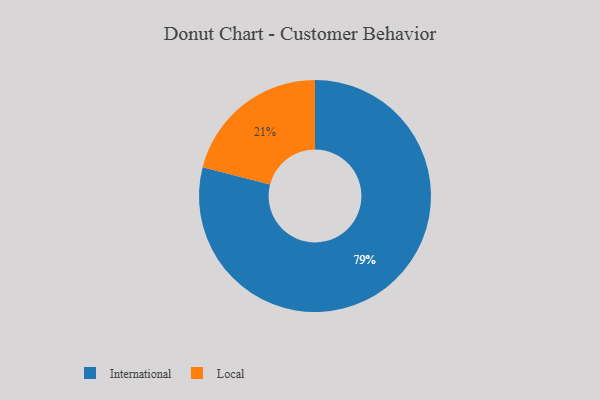
{"axis": {"x": "Category", "y": "Percentage"}, "legend": ["International", "Local"], "data": [{"x": "Local", "y": 21, "type": "Local"}, {"x": "International", "y": 79, "type": "International"}]}